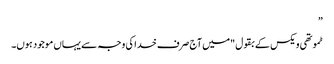
”
ٹموتھی ویکس کے بقول "میں آج صرف خدا کی وجہ سے یہاں موجود ہوں۔